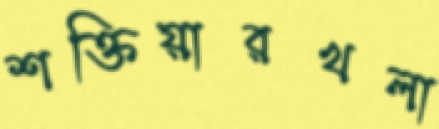
শক্তিয়ারখলা